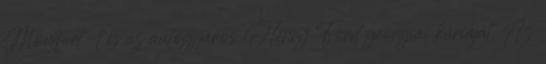
Montfort-t és az autógyáros Henry Ford georgiai kúriáját. Az